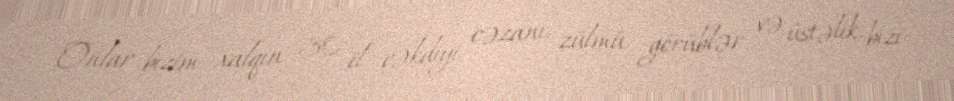
Onlar bizim xalqın 30 il çəkdiyi cəzanı, zülmü görüblər və üstəlik, bizi